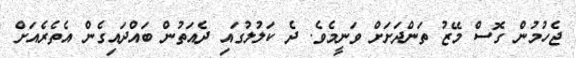
ޖެހުމުން ގޮސް މޭޒު ތަންދަށަށް ވަނީމެވެ. ދެ ކަލުލުގައި ދެއަތުން ބައްދައިގެން އެތެރެއަށް